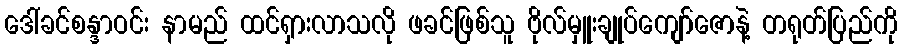
ဒေါ်ခင်စန္ဒာဝင်း နာမည် ထင်ရှားလာသလို ဖခင်ဖြစ်သူ ဗိုလ်မှူးချုပ်ကျော်ဇောနဲ့ တရုတ်ပြည်ကို